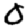
Digit: 0